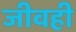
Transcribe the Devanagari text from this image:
जीवही